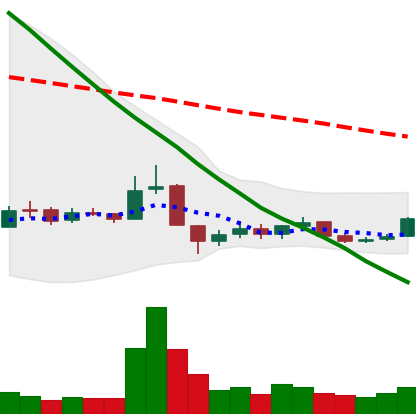
Ticker: BNB-USD
Chart end date: 2018-12-17
Forward return: 16.058%
Label: up_7plus